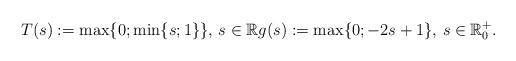
LaTeX: \begin{align*}T(s):=\max \{0;\min\{s;1\}\},\, s\in \mathbb{R}g(s):=\max\{0;-2s+1\},\,s\in\mathbb{R}^+_0.\end{align*}